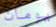
يومان